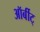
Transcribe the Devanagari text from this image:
ऑर्बीट्